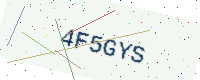
Text: 4F5GYS